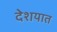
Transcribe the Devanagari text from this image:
देशयात